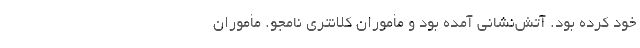
خود کرده بود. آتش‌نشانی آمده بود و مأموران کلانتری نامجو. مأموران